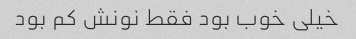
خیلی خوب بود فقط نونش کم بود